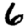
Digit: 6